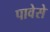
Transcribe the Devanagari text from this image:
पावेसे